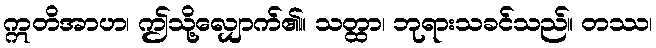
ဣတိအာဟ၊ ဤသို့လျှောက်၏။ သတ္ထာ၊ ဘုရားသခင်သည်။ တဿ၊